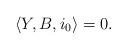
LaTeX: \begin{align*}\left\langle Y,B,i_{0}\right\rangle =0.\end{align*}